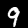
Digit: 9